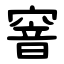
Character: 窨